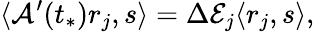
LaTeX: \langle\mathcal{A}^{\prime}(t_{*})r_{j},s\rangle=\Delta\mathcal{E}_{j}\langle r_{j},s\rangle,